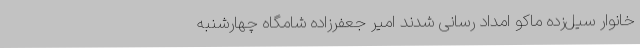
خانوار سیل‌زده ماکو امداد رسانی شدند امیر جعفرزاده شامگاه چهارشنبه